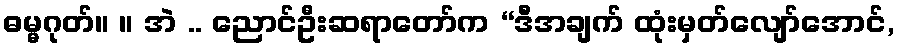
ဓမ္မဂုတ်။ ။ အဲ .. ညောင်ဦးဆရာတော်က “ဒီအချက် ထုံးမှတ်လျော်အောင်,